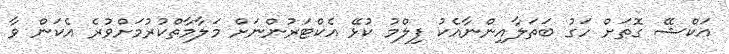
އަކްޝޭ ގޮތަށް ހަގު ބަތަލާއިންނާއެކު ފިލްމު ކުޅޭ އެކްޓަރުންނަށް މަލާމާތްކުރުމަށްވުރެ އެކަން ވާ